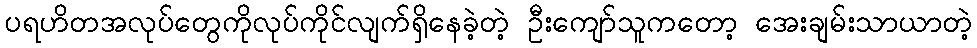
ပရဟိတအလုပ်တွေကိုလုပ်ကိုင်လျက်ရှိနေခဲ့တဲ့ ဦးကျော်သူကတော့ အေးချမ်းသာယာတဲ့